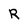
Character: R